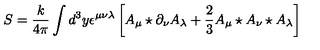
S = \frac { k } { 4 \pi } \int d ^ { 3 } y \epsilon ^ { \mu \nu \lambda } \left[ A _ { \mu } \star \partial _ { \nu } A _ { \lambda } + \frac { 2 } { 3 } A _ { \mu } \star A _ { \nu } \star A _ { \lambda } \right]